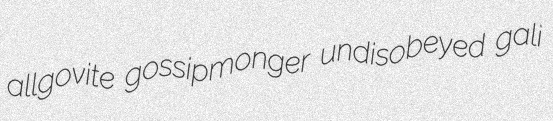
allgovite gossipmonger undisobeyed gali